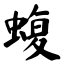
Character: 蝮